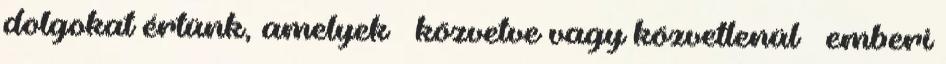
dolgokat értünk, amelyek – közvetve vagy közvetlenül – emberi